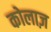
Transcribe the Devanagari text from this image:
कोलाज़